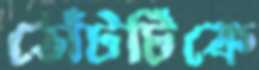
ঠোঁটটিকে